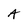
Character: A